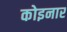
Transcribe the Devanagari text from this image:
कोइनार